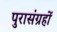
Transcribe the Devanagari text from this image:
पुरासंग्रहों